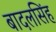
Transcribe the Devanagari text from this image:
बादलसिंह